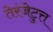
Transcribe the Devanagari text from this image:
तेरंजेटुत्त